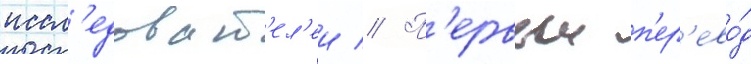
иссл'едоват'ел'еи // П'ервыи п'ер'ево́д